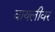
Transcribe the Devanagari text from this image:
वायलीवर